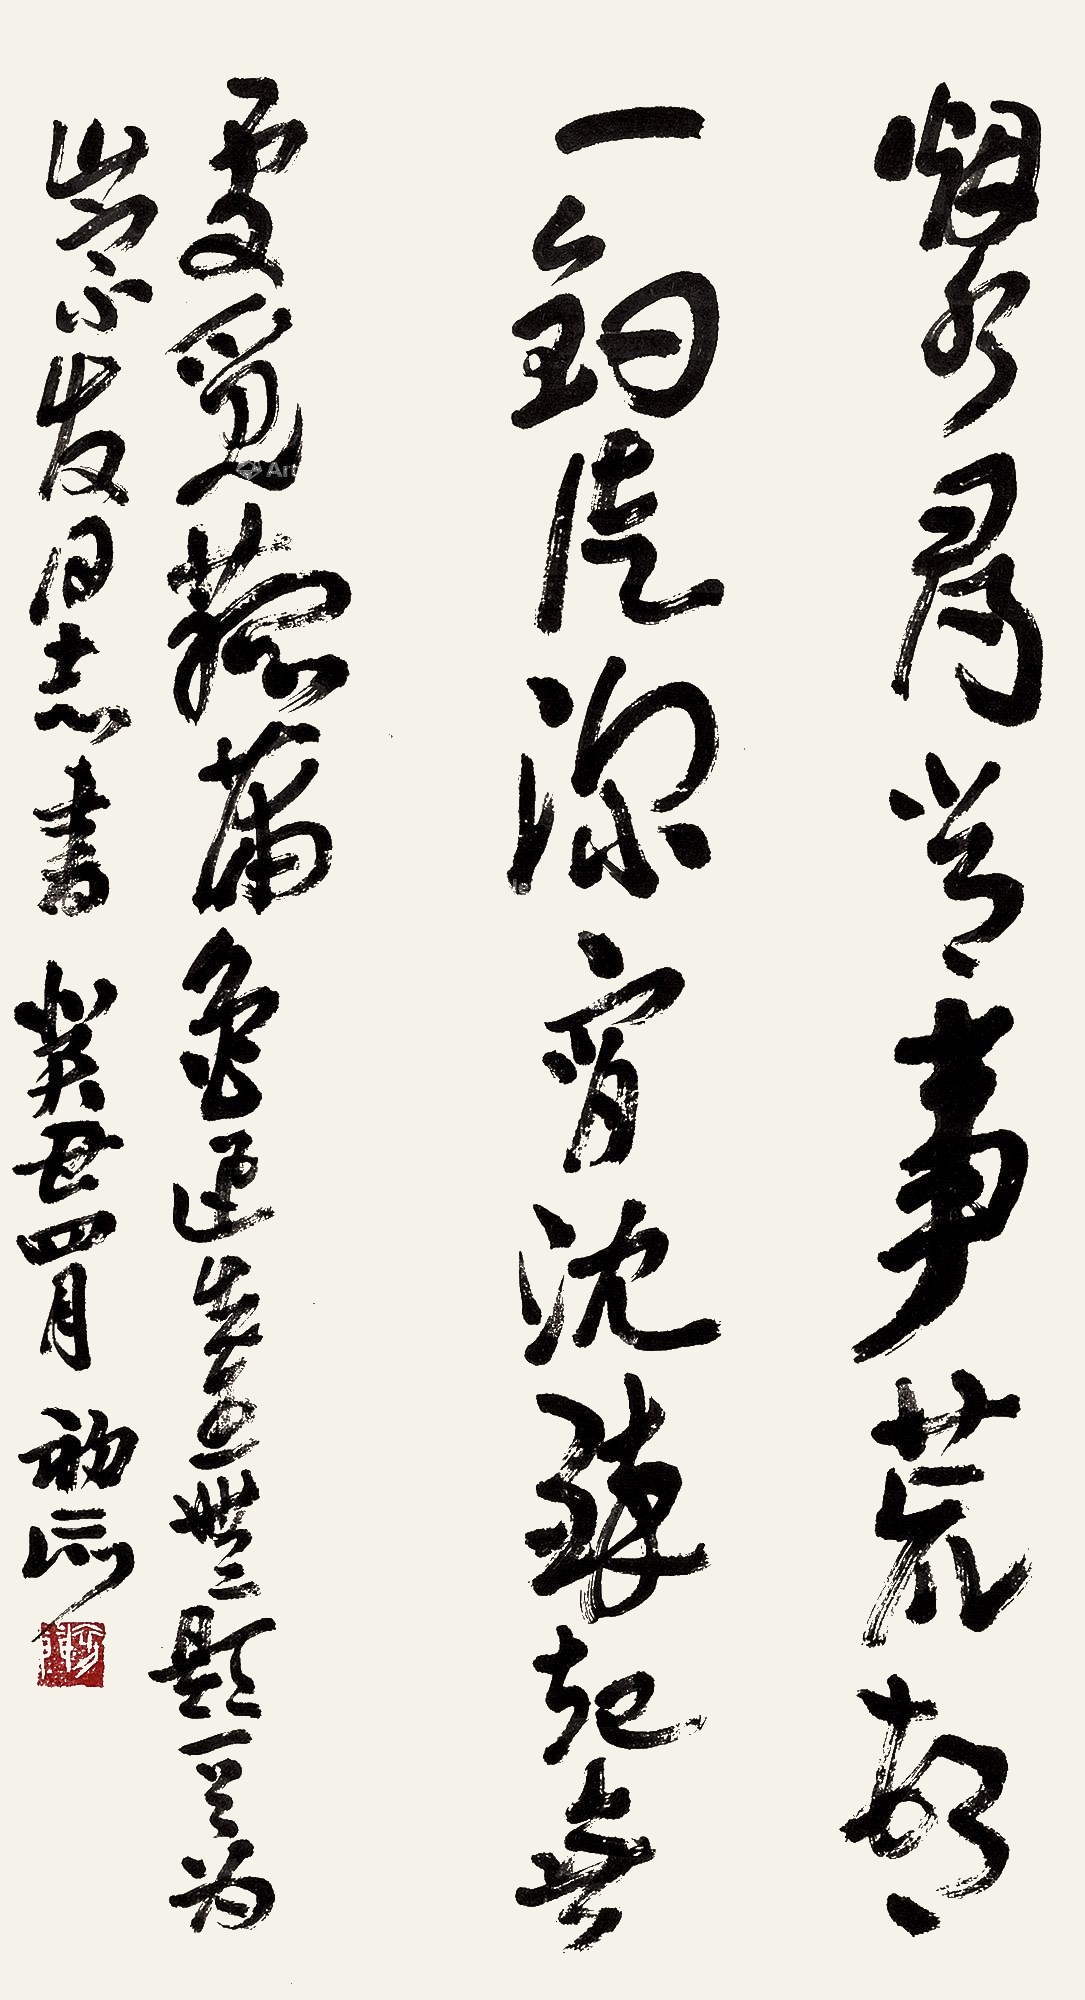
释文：烟水寻常事，荒村一钓徒。深宵沉醉起，无处觅菰蒲。鲁迅先生无题一首为崇发同志书，癸丑（1973年）四月初升。